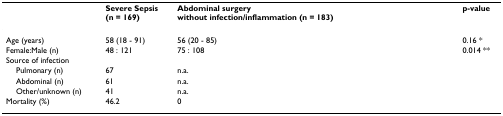
<table><thead><tr><td></td><td><b>Severe Sepsis(n = 169)</b></td><td><b>Abdominal surgery without infection/inflammation (n = 183)</b></td><td><b>p-value</b></td></tr></thead><tbody><tr><td>Age (years)</td><td>58 (18 - 91)</td><td>56 (20 - 85)</td><td>0.16 *</td></tr><tr><td>Female:Male (n)</td><td>48 : 121</td><td>75 : 108</td><td>0.014 **</td></tr><tr><td>Source of infection</td><td></td><td></td><td></td></tr><tr><td> Pulmonary (n)</td><td>67</td><td>n.a.</td><td></td></tr><tr><td> Abdominal (n)</td><td>61</td><td>n.a.</td><td></td></tr><tr><td> Other/unknown (n)</td><td>41</td><td>n.a.</td><td></td></tr><tr><td>Mortality (%)</td><td>46.2</td><td>0</td><td></td></tr></tbody></table>